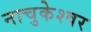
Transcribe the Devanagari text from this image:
नाचुकेश्वर